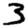
Digit: 3